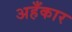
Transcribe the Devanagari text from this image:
अहँकार